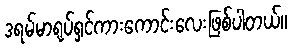
ဒရမ်မာရုပ်ရှင်ကားကောင်းလေးဖြစ်ပါတယ်။